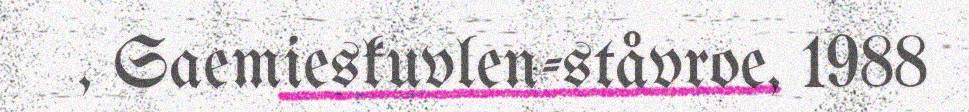
, Saemieskuvlen-ståvroe, 1988